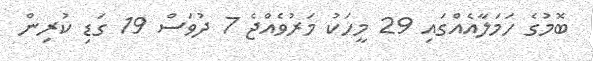
ބޮމުގެ ހަމަލާއެއްގައި 29 މީހަކު މަރުވެއްޖެ 7 ދުވަސް 19 ގަޑި ކުރިން